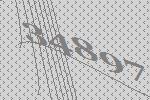
34897